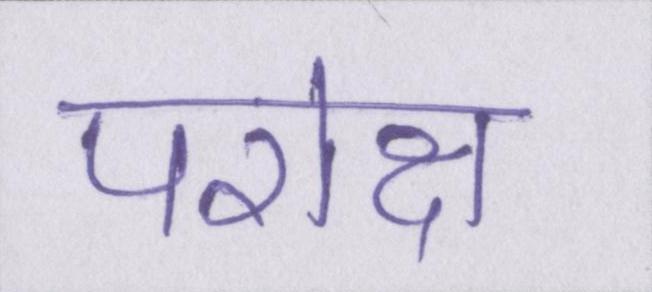
परोक्ष